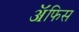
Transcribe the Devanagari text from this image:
ॲफिस